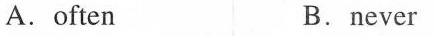
A.often B.never